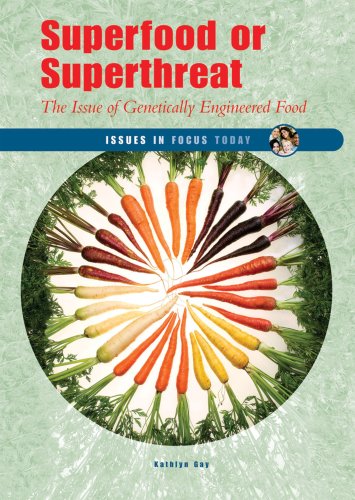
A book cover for Superfood or Superthreat: The Issue of Genetically Engineered Food (Issues in Focus Today); Kathlyn Gay; Health, Fitness & Dieting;